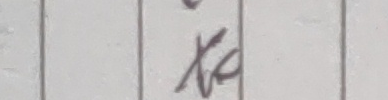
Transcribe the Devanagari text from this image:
ना